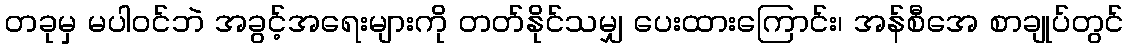
တခုမှ မပါဝင်ဘဲ အခွင့်အရေးများကို တတ်နိုင်သမျှ ပေးထားကြောင်း၊ အန်စီအေ စာချုပ်တွင်